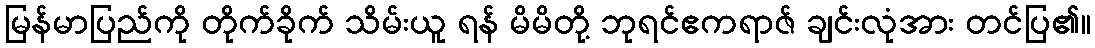
မြန်မာပြည်ကို တိုက်ခိုက် သိမ်းယူ ရန် မိမိတို့ ဘုရင်ဧကရာဇ် ချင်းလုံအား တင်ပြ၏။